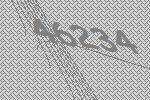
46234